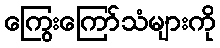
ကြွေးကြော်သံများကို